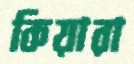
কিয়ারা